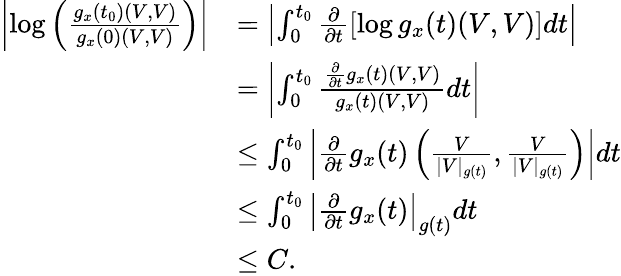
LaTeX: \begin{array}{rl}{\left|\log\left(\frac{g_{x}(t_{0})(V,V)}{g_{x}(0)(V,V)}\right)\right|}&{=\left|\int_{0}^{t_{0}}\frac{\partial}{\partial t}\left[\log g_{x}(t)(V,V)\right]dt\right|}\\ &{=\left|\int_{0}^{t_{0}}\frac{\frac{\partial}{\partial t}g_{x}(t)(V,V)}{g_{x}(t)(V,V)}dt\right|}\\ &{\leq\int_{0}^{t_{0}}\left|\frac{\partial}{\partial t}g_{x}(t)\left(\frac{V}{|V|_{g(t)}},\frac{V}{|V|_{g(t)}}\right)\right|dt}\\ &{\leq\int_{0}^{t_{0}}\left|\frac{\partial}{\partial t}g_{x}(t)\right|_{g(t)}dt}\\ &{\leq C.}\end{array}